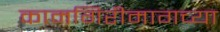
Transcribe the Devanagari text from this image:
कामगिरीमागच्या